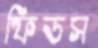
ফিডস